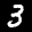
Label: 3